Annual report of the Bengal Veterinary College and of the Civil Veterinary Department, Bengal, for the year 1920-21 - 1920-1921
Year: 1920
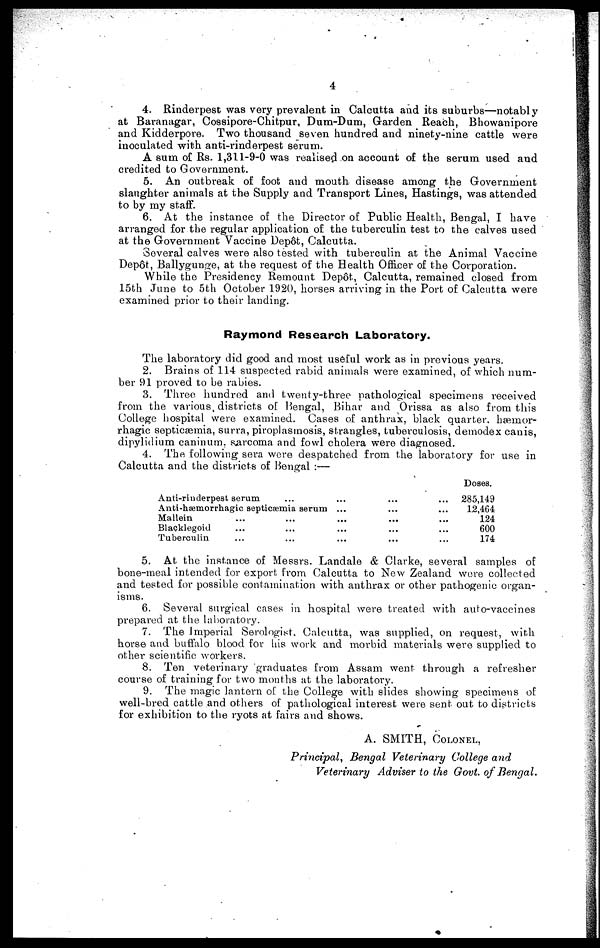
4
4. Rinderpest was very prevalent in Calcutta and its suburbs—notably
at Baranagar, Cossipore-Chitpur, Dum-Dum, Garden Reach, Bhowanipore
and Kidderpore. Two thousand seven hundred and ninety-nine cattle were
inoculated with anti-rinderpest serum.
A sum of Rs. 1,311-9-0 was realised on account of the serum used and
credited to Government.
5. An outbreak of foot and mouth disease among the Government
slaughter animals at the Supply and Transport Lines, Hastings, was attended
to by my staff.
6. At the instance of the Director of Public Health, Bengal, I have
arranged for the regular application of the tuberculin test to the calves used
at the Government Vaccine Depot, Calcutta.
Several calves were also tested with tuberculin at the Animal Vaccine
Depôt, Ballygunge, at the request of the Health Officer of the Corporation.
While the Presidency Remount Depot, Calcutta, remained closed from
15th June to 5th October 1920, horses arriving in the Port of Calcutta were
examined prior to their landing.
Raymond Research Laboratory.
The laboratory did good and most useful work as in previous years.
2. Brains of 114 suspected rabid animals were examined, of which num-
ber 91 proved to be rabies.
3. Three hundred and twenty-three pathological specimens received
from the various districts of Bengal, Bihar and Orissa as also from this
College hospital were examined. Cases of anthrax, black quarter, hæmor-
rhagic septicæmia, surra, piroplasmosis, strangles, tuberculosis, demodex canis,
dipylidium caninum, sarcoma and fowl cholera were diagnosed.
4. The following sera were despatched from the laboratory for use in
Calcutta and the districts of Bengal:—
Anti-rinderpest serum
...
Anti-hæmorrhagic septicæmia serum
Mallein
Blacklegoid
Tuberculin
...
...
...
...
...
...
...
...
...
...
...
...
...
...
...
...
...
...
...
...
...
Doses.
285,149
12,464
124
600
174
5. At the instance of Messrs. Landale & Clarke, several samples of
bone-meal intended for export from Calcutta to New Zealand were collected
and tested for possible contamination with anthrax or other pathogenic organ-
isms.
6. Several surgical cases in hospital were treated with auto-vaccines
prepared at the laboratory.
7. The Imperial Serologist, Calcutta, was supplied, on request, with
horse and buffalo blood for his work and morbid materials were supplied to
other scientific workers.
8. Ten veterinary graduates from Assam went through a refresher
course of training for two months at the laboratory.
9. The magic lantern of the College with slides showing specimens of
well-bred cattle and others of pathological interest were sent out to districts
for exhibition to the ryots at fairs and shows.
A. SMITH, COLONEL,
Principal, Bengal Veterinary College and
Veterinary Adviser to the Govt. of Bengal.